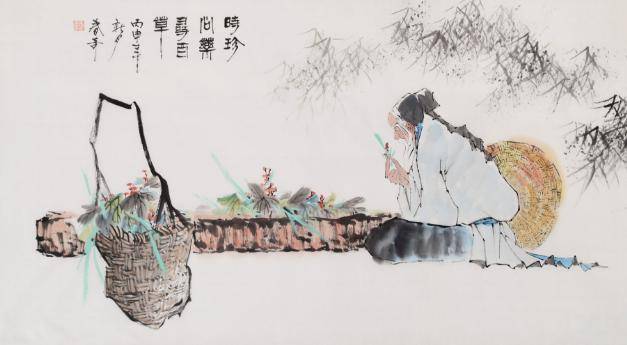
骊山四顾，阿房一炬，当时奢侈今何处？